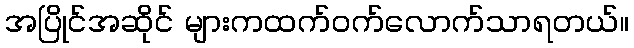
အပြိုင်အဆိုင် များကထက်ဝက်လောက်သာရတယ်။